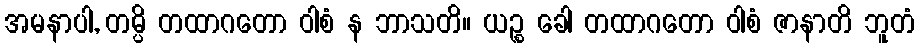
အမနာပါ, တမ္ပိ တထာဂတော ဝါစံ န ဘာသတိ။ ယဉ္စ ခေါ တထာဂတော ဝါစံ ဇာနာတိ ဘူတံ